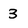
Character: 3